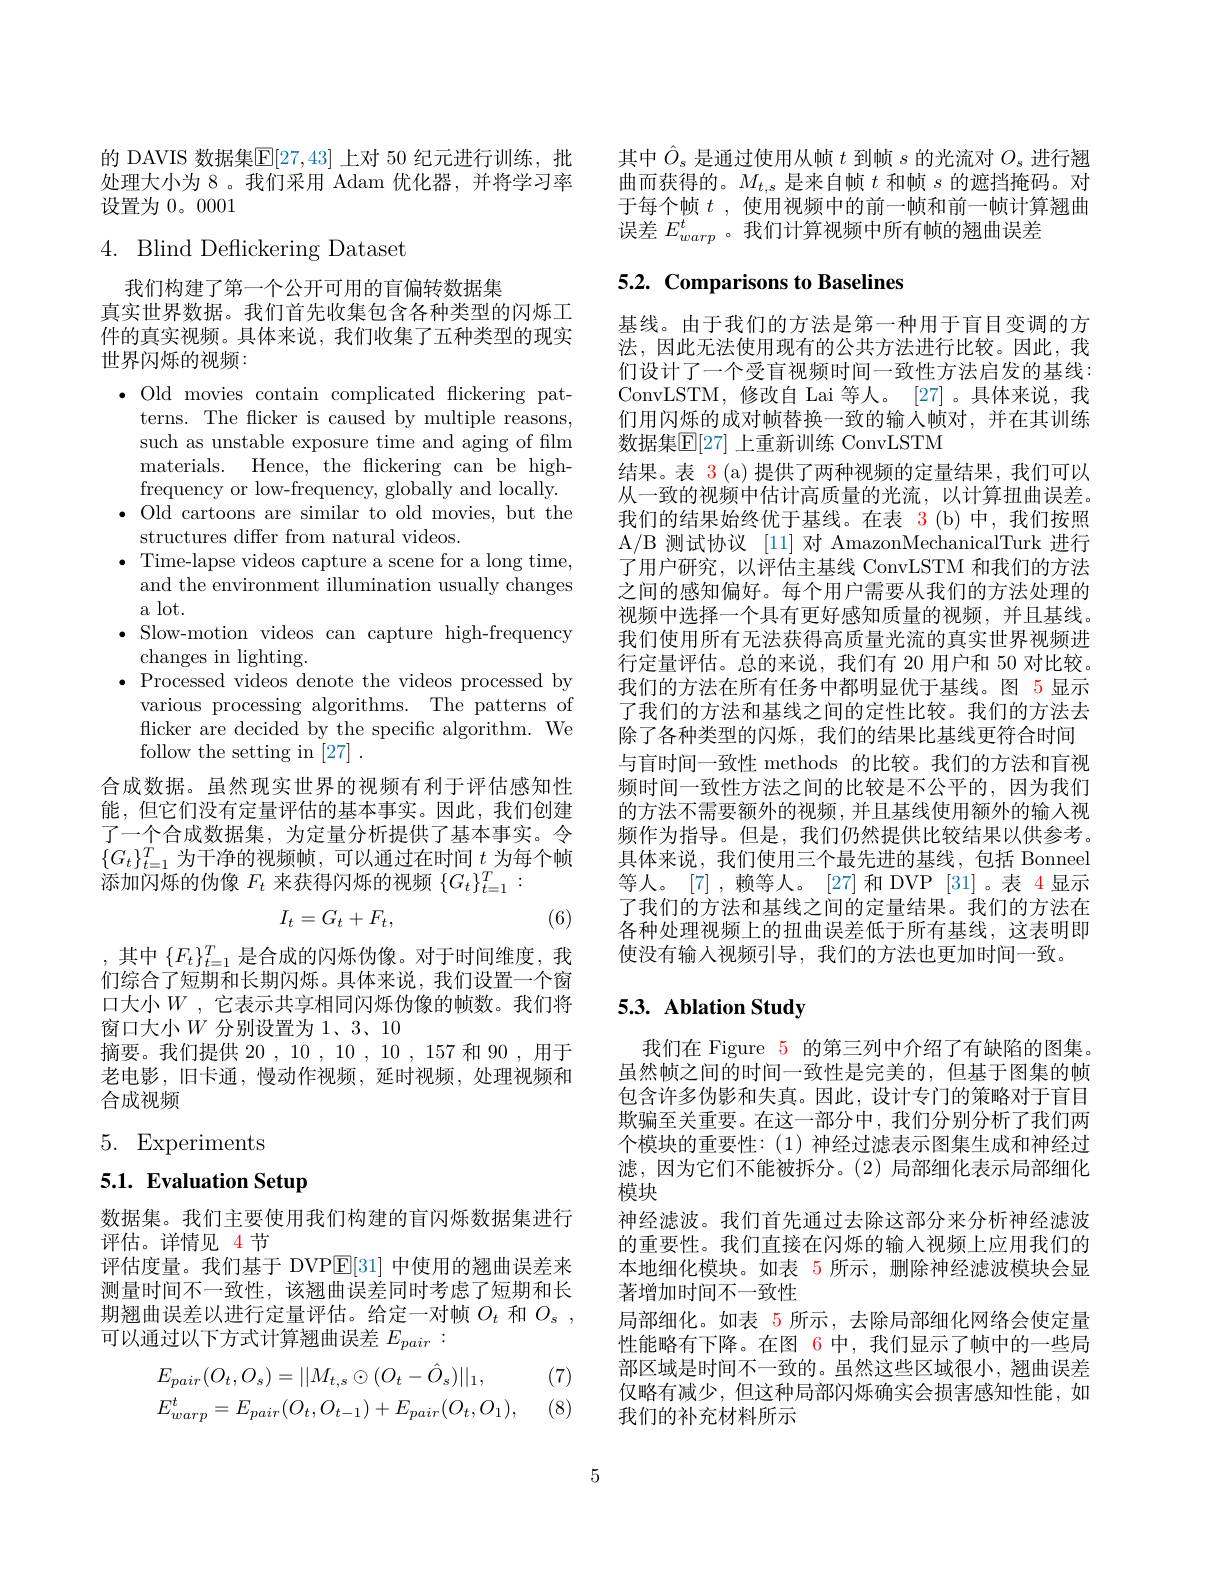
的 DAVIS 数据集$\mathbb{E}[27,43]$ 上对 50 纪元进行训练，批处理大小为 8。我们采用 Adam 优化器，并将学习率设置为0。0001

# 4. Blind Deflickering Dataset

我们构建了第一个公开可用的盲偏转数据集
真实世界数据。我们首先收集包含各种类型的闪烁工件的真实视频。具体来说，我们收集了五种类型的现实世界闪烁的视频：
$\bullet$ Old movies contain complicated flickering pat-
terns. The flicker is caused by multiple reasons, such as unstable exposure time and aging of film materials. Hence, the flickering can be highfrequency or low-frequency, globally and locally.
$\bullet$ Old cartoons are similar to old movies, but the
structures differ from natural videos.
$\bullet$ Time-lapse videos capture a scene for a long time,
and the environment illumination usually changes
a lot.
$\bullet$ Slow-motion videos can capture high-frequency
changes in lighting.
$\bullet$ Processed videos denote the videos processed by
various processing algorithms. The patterns of flicker are decided by the specific algorithm. We follow the setting in [27] .
合成数据。虽然现实世界的视频有利于评估感知性能，但它们没有定量评估的基本事实。因此，我们创建了一个合成数据集，为定量分析提供了基本事实。令$\{G_t\}_{t=1}^T$为干净的视频帧，可以通过在时间 $t$ 为每个帧添加闪烁的伪像$F_t$来获得闪烁的视频$\{G_t\}_t=1^T:$
$$I_t=G_t+F_t,$$
(6)

,其中$\{F_t\}_{t=1}^T$是合成的闪烁伪像。对于时间维度，我们综合了短期和长期闪烁。具体来说，我们设置一个窗口大小$W$ ,它表示共享相同闪烁伪像的帧数。我们将窗口大小$W$ 分别设置为1、3、10
摘要。我们提供 20 , 10 , 10 , 10 , 157 和 90 , 用于老电影，旧卡通，慢动作视频，延时视频，处理视频和合成视频

5. Experiments

# 5.1. Evaluation Setup

数据集。我们主要使用我们构建的盲闪烁数据集进行
评估。详情见 4 节
评估度量。我们基于 DVP$\mathbb{E}[31]$中使用的翘曲误差来测量时间不一致性，该翘曲误差同时考虑了短期和长期翘曲误差以进行定量评估。给定一对帧$O_t$ 和$O_s$, 可以通过以下方式计算翘曲误差$E_{pair}:$

(7)
$$\begin{aligned}&E_{pair}(O_{t},O_{s})=||M_{t,s}\odot(O_{t}-\hat{O}_{s})||_{1},\\&E_{warp}^{t}=E_{pair}(O_{t},O_{t-1})+E_{pair}(O_{t},O_{1}),\end{aligned}$$
(8)

其中$\hat{O}_s$是通过使用从帧$t$到帧$s$的光流对$O_s$进行翘曲而获得的。$M_t,s$是来自帧$t$和帧$s$的遮挡掩码。对于每个帧$t$ ,使用视频中的前一帧和前一帧计算翘曲误差$E_{warp}^t$ 。我们计算视频中所有帧的翘曲误差

## 5.2. Comparisons to Baselines

基线。由于我们的方法是第一种用于盲目变调的方法，因此无法使用现有的公共方法进行比较。因此，我们设计了一个受盲视频时间一致性方法启发的基线： ConvLSTM,修改自 Lai 等人。[27]。具体来说，我们用闪烁的成对帧替换一致的输入帧对，并在其训练数据集$\mathbb{E}[27]$ 上重新训练 ConvLSTM
结果。表$\color{red}3$(a)提供了两种视频的定量结果，我们可以从一致的视频中估计高质量的光流，以计算扭曲误差。我们的结果始终优于基线。在表 3(b)中，我们按照A/B 测试协议 [11] 对 AmazonMechanicalTurk 进行了用户研究，以评估主基线 ConvLSTM 和我们的方法之间的感知偏好。每个用户需要从我们的方法处理的视频中选择一个具有更好感知质量的视频，并且基线。我们使用所有无法获得高质量光流的真实世界视频进行定量评估。总的来说，我们有 20 用户和 50 对比较。我们的方法在所有任务中都明显优于基线。图 5 显示了我们的方法和基线之间的定性比较。我们的方法去除了各种类型的闪烁，我们的结果比基线更符合时间与盲时间一致性 methods 的比较。我们的方法和盲视频时间一致性方法之间的比较是不公平的，因为我们的方法不需要额外的视频，并且基线使用额外的输入视频作为指导。但是，我们仍然提供比较结果以供参考。具体来说，我们使用三个最先进的基线，包括 Bonneel 等人。[7],赖等人。[27]和DVP[31]。表 4显示了我们的方法和基线之间的定量结果。我们的方法在各种处理视频上的扭曲误差低于所有基线，这表明即使没有输入视频引导，我们的方法也更加时间一致。

## 5.3. Ablation Study

我们在 Figure 5 的第三列中介绍了有缺陷的图集。虽然帧之间的时间一致性是完美的，但基于图集的帧包含许多伪影和失真。因此，设计专门的策略对于盲目欺骗至关重要。在这一部分中，我们分别分析了我们两个模块的重要性：(1)神经过滤表示图集生成和神经过滤，因为它们不能被拆分。(2)局部细化表示局部细化模块
神经滤波。我们首先通过去除这部分来分析神经滤波的重要性。我们直接在闪烁的输入视频上应用我们的本地细化模块。如表 5 所示，删除神经滤波模块会显著增加时间不一致性
局部细化。如表 5 所示，去除局部细化网络会使定量性能略有下降。在图 6 中，我们显示了帧中的一些局部区域是时间不一致的。虽然这些区域很小，翘曲误差仅略有减少，但这种局部闪烁确实会损害感知性能，如我们的补充材料所示

5